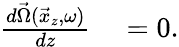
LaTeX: \begin{array}{rl}{\frac{d\vec{\Omega}(\vec{x}_{z},\omega)}{dz}}&{{}=0.}\end{array}